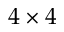
4 \times 4